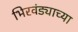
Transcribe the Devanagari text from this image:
भिरवंड्याच्या